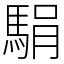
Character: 駽